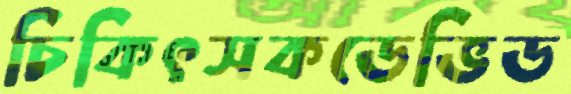
চিকিৎসকডেভিড